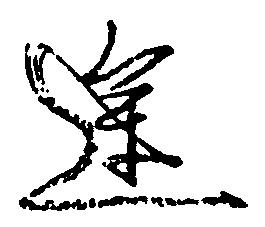
途